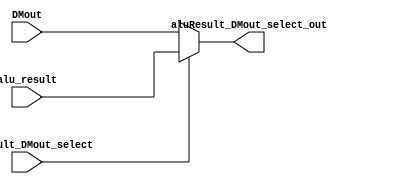
module aluResult_DMout_select_mux (aluResult_DMout_select_out, alu_result, DMout, aluResult_DMout_select);

  parameter DataSize = 32;

  output [DataSize-1:0] aluResult_DMout_select_out;
  input [DataSize-1:0] alu_result;
  input [DataSize-1:0] DMout;
  input aluResult_DMout_select;

  assign aluResult_DMout_select_out = (aluResult_DMout_select) ? alu_result : DMout;

endmodule